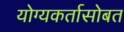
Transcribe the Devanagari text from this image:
योग्यकर्तासोबत